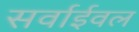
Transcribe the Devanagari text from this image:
सर्वाईवल